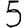
Digit: 5